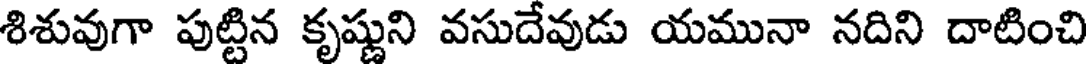
శిశువుగా పుట్టిన కృష్ణుని వసుదేవుడు యమునా నదిని దాటించి